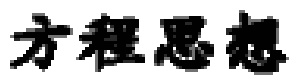
方程思想